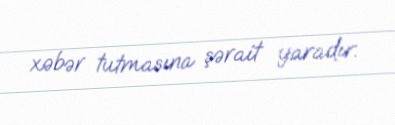
xəbər tutmasına şərait yaradır.